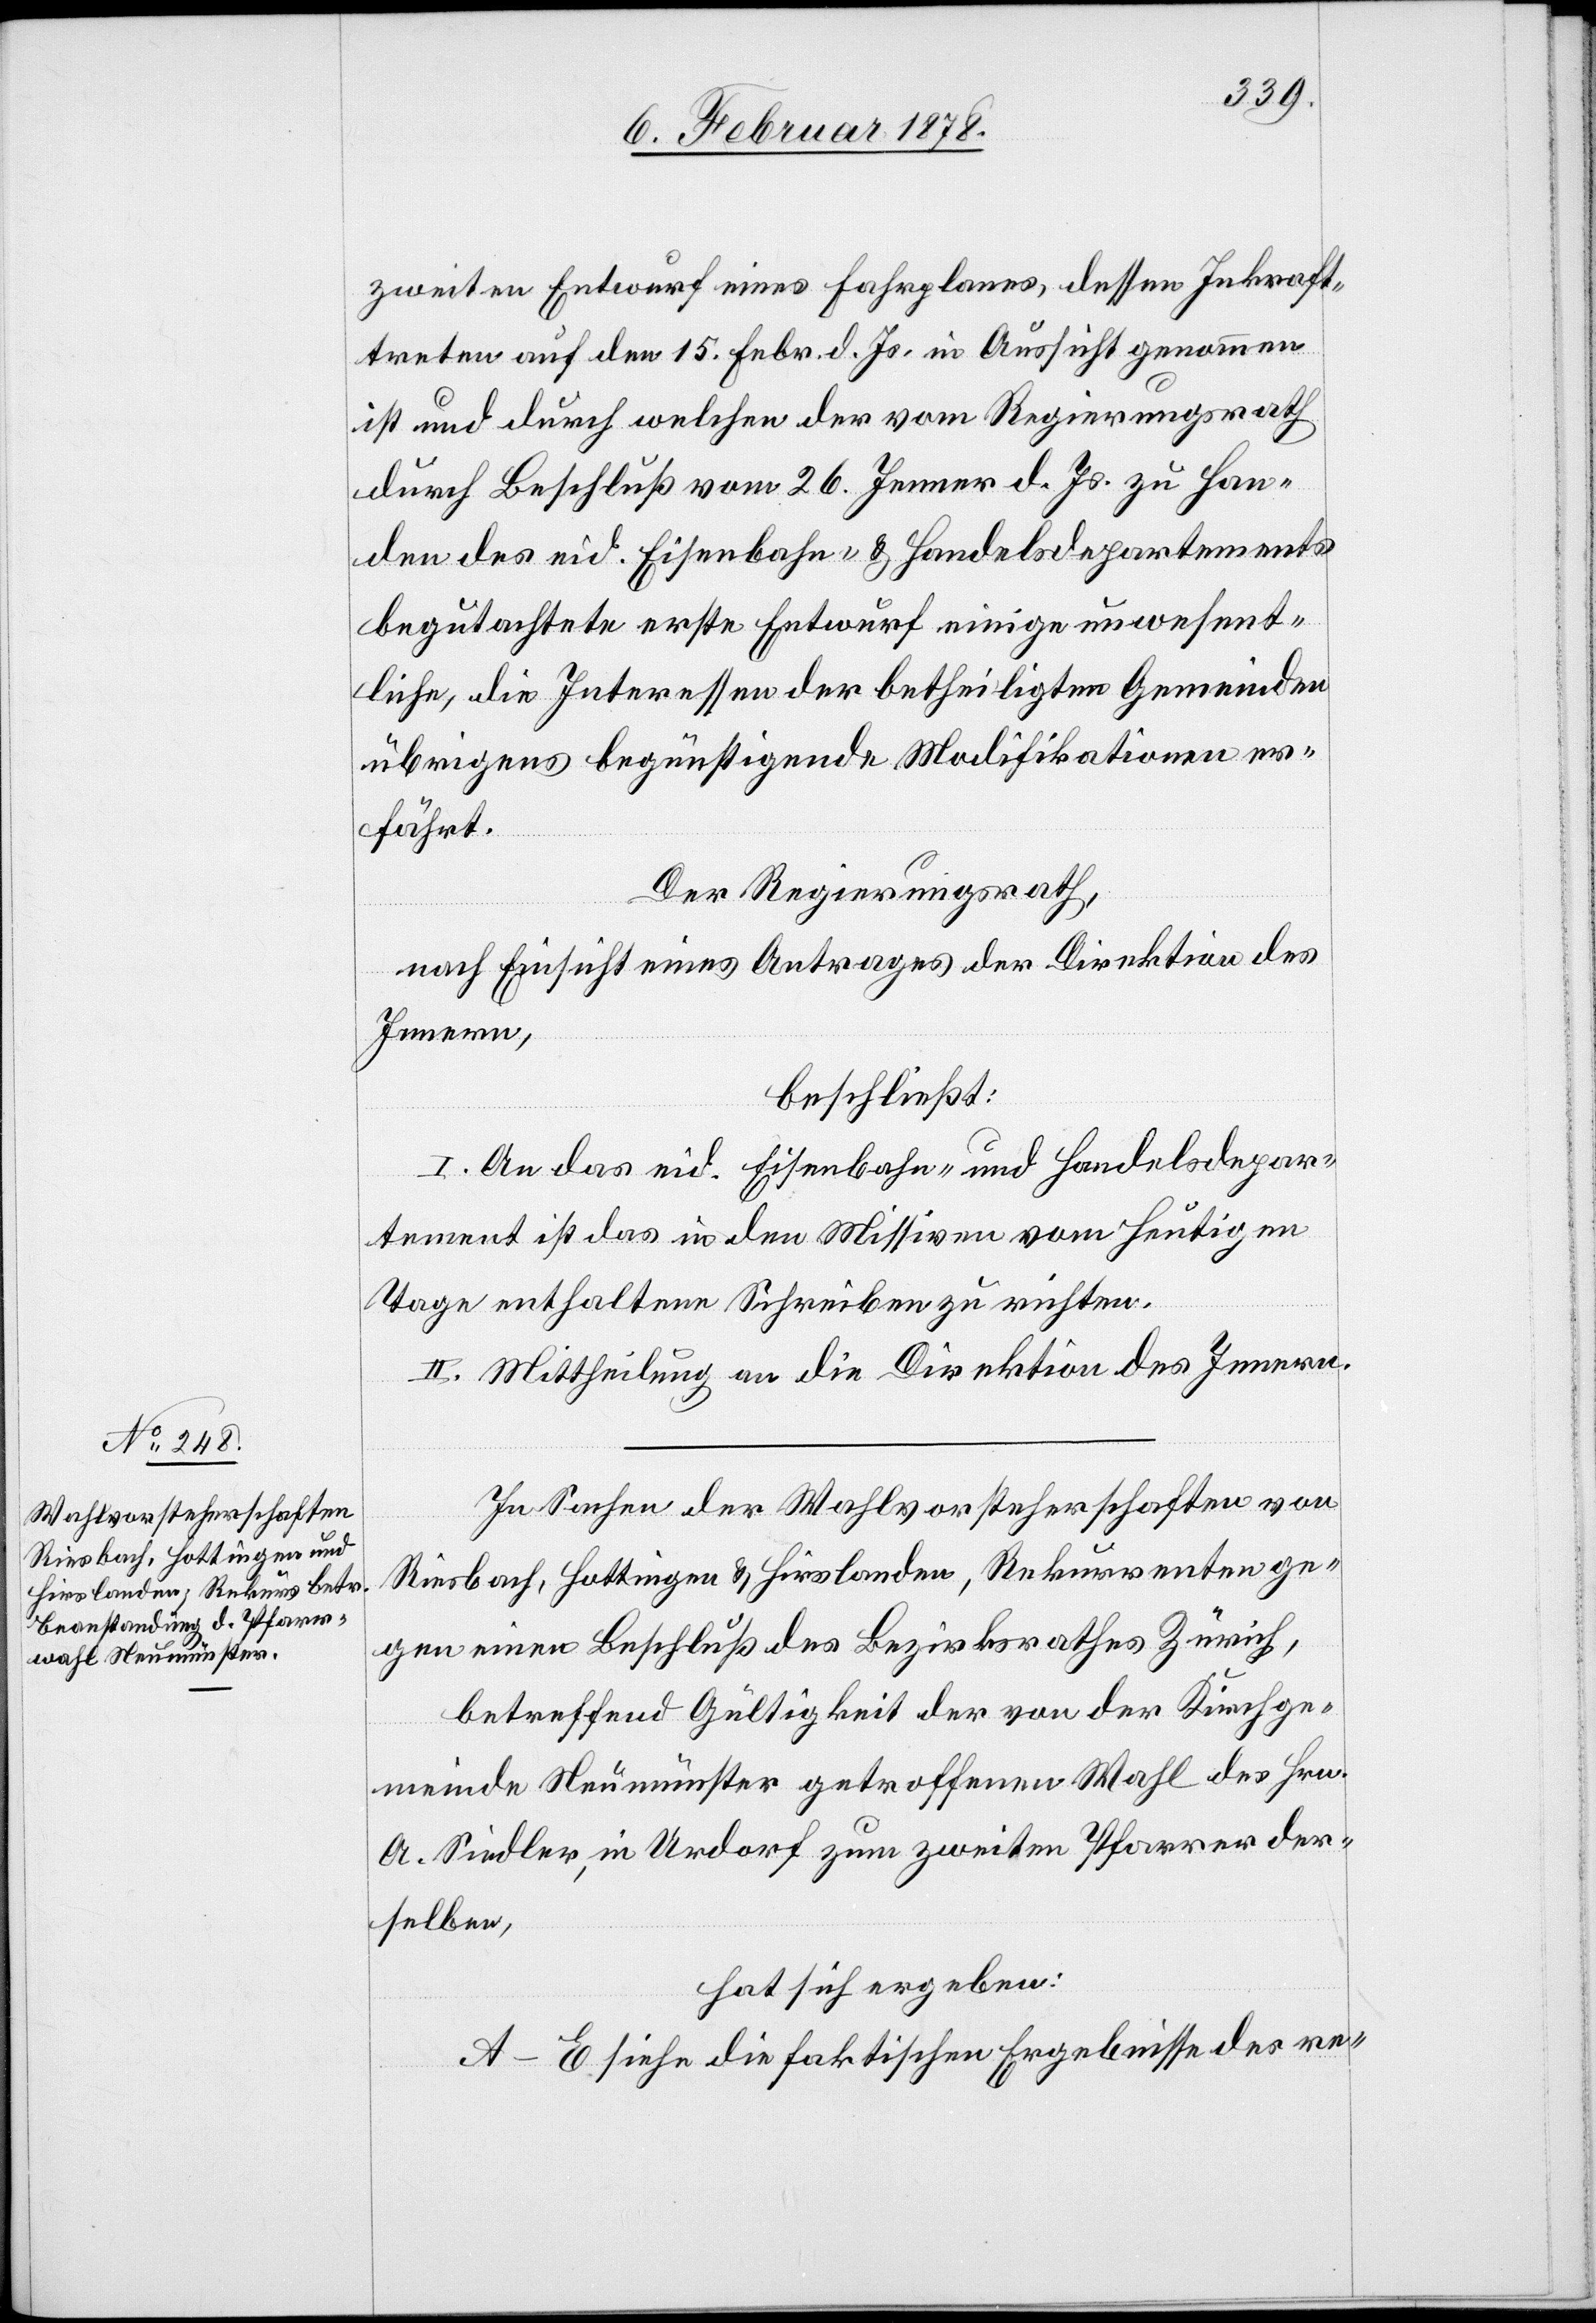
zweiten Entwurf eines Fahrplanes, dessen Inkraft¬
treten auf den 15. Febr. d. Js. in Aussicht genommen
ist und durch welchen der vom Regierungsrath
durch Beschluß vom 26. Jenner d. Js. zu Han¬
den des eid. Eisenbahn- & Handelsdepartements
begutachtete erste Entwurf einige unwesent¬
liche, die Interessen der betheiligten Gemeinden
übrigens begünstigende Modifikationen er¬
fährt.
Der Regierungsrath,
nach Einsicht eines Antrages der Direktion des
Innern,
beschließt:
I. An das eid. Eisenbahn- und Handelsdepar¬
tement ist das in den Missiven vom heutigen
Tage enthaltene Schreiben zu richten.
II. Mittheilung an die Direktion des Innern.
In Sachen der Wahlvorsteherschaften von
Riesbach, Hottingen & Hirslanden, Rekurrenten ge¬
gen einen Beschluß des Bezirksrathes Zürich,
betreffend Gültigkeit der von der Kirchge¬
meinde Neumünster getroffenen Wahl des Hrn.
A. Siedler, in Urdorf zum zweiten Pfarrer der¬
selben,
hat sich ergeben:
A–E. Siehe die faktischen Ergebnisse des re-